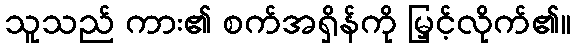
သူသည် ကား၏ စက်အရှိန်ကို မြှင့်လိုက်၏။